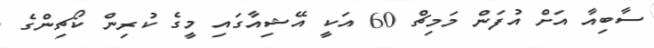
ސާބިއާ އަށް އުފަން މަމިޗް 60 އަކީ އޭޝިއާގައި މީގެ ކުރިން ކޯޗިންގެ